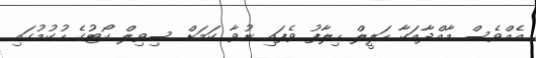
އެއްވެސް މާއްދާއަކާ ހަލީލް ހިލާފު ވެފައި ނުވާ ކަމަށް ސިވިލް ކޯޓުުގެ ހުކުުމުގައި